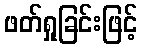
ဖတ်ရှုခြင်းဖြင့်